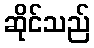
ဆိုင်သည်